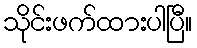
သိုင်းဖက်ထားပါပြီ။